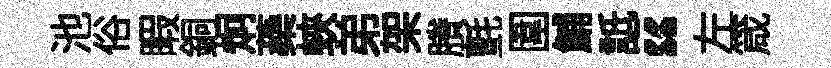
池俗睱銅炯蘃蛺弟架賸氈圍鯆詆“左箴